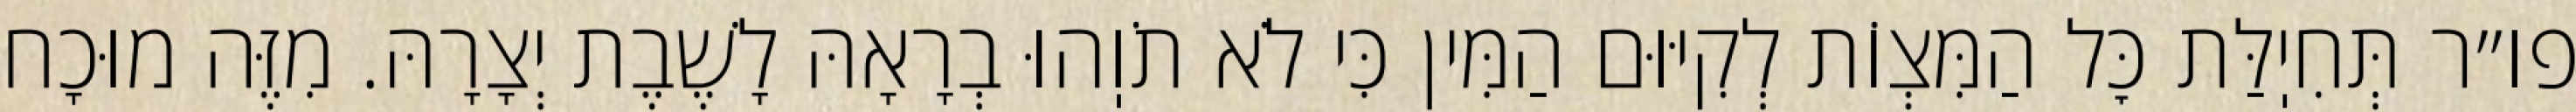
פו״ר תְּחִיֽלַּת כׇּל הַמִּצְוֹת לְקִיּוּם הַמִּין כִּי לֹא תֹוֽהוּ בְרָאָהּ לָשֶׁבֶת יְצָרָהּ. מִזֶּה מוּכָח